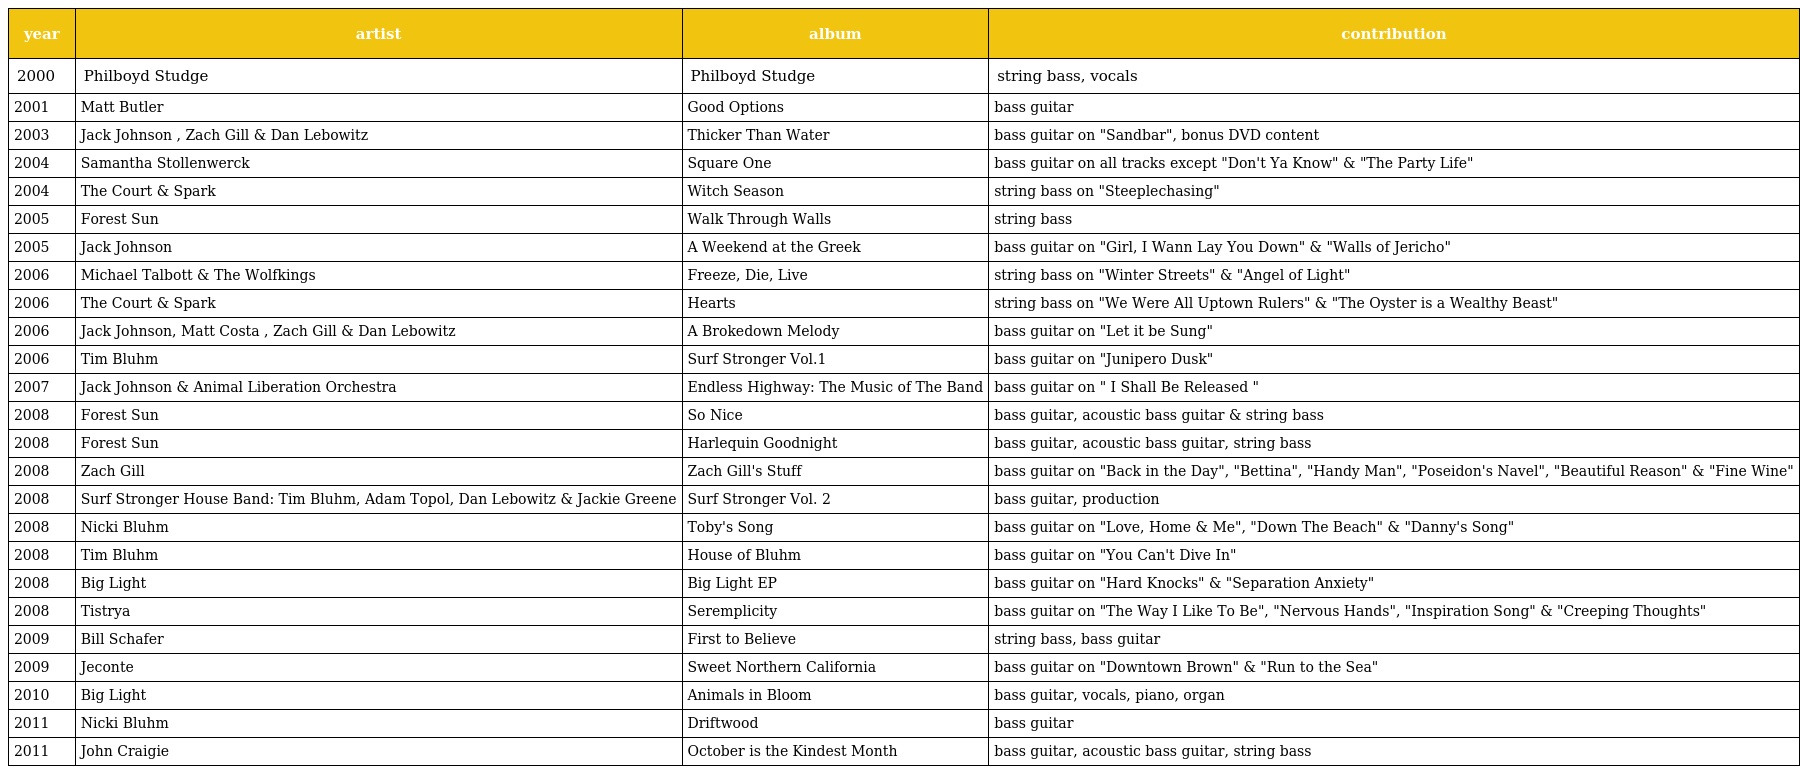
| year | artist | album | contribution |
 | --- | --- | --- | --- |
 | 2000 | Philboyd Studge | Philboyd Studge | string bass, vocals |
 | 2001 | Matt Butler | Good Options | bass guitar |
 | 2003 | Jack Johnson , Zach Gill & Dan Lebowitz | Thicker Than Water | bass guitar on "Sandbar", bonus DVD content |
 | 2004 | Samantha Stollenwerck | Square One | bass guitar on all tracks except "Don't Ya Know" & "The Party Life" |
 | 2004 | The Court & Spark | Witch Season | string bass on "Steeplechasing" |
 | 2005 | Forest Sun | Walk Through Walls | string bass |
 | 2005 | Jack Johnson | A Weekend at the Greek | bass guitar on "Girl, I Wann Lay You Down" & "Walls of Jericho" |
 | 2006 | Michael Talbott & The Wolfkings | Freeze, Die, Live | string bass on "Winter Streets" & "Angel of Light" |
 | 2006 | The Court & Spark | Hearts | string bass on "We Were All Uptown Rulers" & "The Oyster is a Wealthy Beast" |
 | 2006 | Jack Johnson, Matt Costa , Zach Gill & Dan Lebowitz | A Brokedown Melody | bass guitar on "Let it be Sung" |
 | 2006 | Tim Bluhm | Surf Stronger Vol.1 | bass guitar on "Junipero Dusk" |
 | 2007 | Jack Johnson & Animal Liberation Orchestra | Endless Highway: The Music of The Band | bass guitar on " I Shall Be Released " |
 | 2008 | Forest Sun | So Nice | bass guitar, acoustic bass guitar & string bass |
 | 2008 | Forest Sun | Harlequin Goodnight | bass guitar, acoustic bass guitar, string bass |
 | 2008 | Zach Gill | Zach Gill's Stuff | bass guitar on "Back in the Day", "Bettina", "Handy Man", "Poseidon's Navel", "Beautiful Reason" & "Fine Wine" |
 | 2008 | Surf Stronger House Band: Tim Bluhm, Adam Topol, Dan Lebowitz & Jackie Greene | Surf Stronger Vol. 2 | bass guitar, production |
 | 2008 | Nicki Bluhm | Toby's Song | bass guitar on "Love, Home & Me", "Down The Beach" & "Danny's Song" |
 | 2008 | Tim Bluhm | House of Bluhm | bass guitar on "You Can't Dive In" |
 | 2008 | Big Light | Big Light EP | bass guitar on "Hard Knocks" & "Separation Anxiety" |
 | 2008 | Tistrya | Seremplicity | bass guitar on "The Way I Like To Be", "Nervous Hands", "Inspiration Song" & "Creeping Thoughts" |
 | 2009 | Bill Schafer | First to Believe | string bass, bass guitar |
 | 2009 | Jeconte | Sweet Northern California | bass guitar on "Downtown Brown" & "Run to the Sea" |
 | 2010 | Big Light | Animals in Bloom | bass guitar, vocals, piano, organ |
 | 2011 | Nicki Bluhm | Driftwood | bass guitar |
 | 2011 | John Craigie | October is the Kindest Month | bass guitar, acoustic bass guitar, string bass |